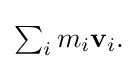
{\textstyle \sum _{i}m_{i}\mathbf {v} _{i}.}